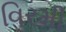
વિરમી